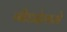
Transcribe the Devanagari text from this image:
गौडदेशमे